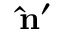
\mathbf { \hat { n } } ^ { \prime }